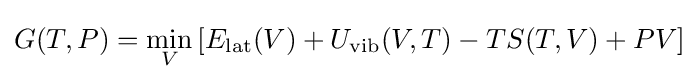
G(T,P)=\min _{V}\left[E_{\rm {lat}}(V)+U_{\rm {vib}}(V,T)-TS(T,V)+PV\right]